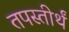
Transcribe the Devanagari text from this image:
तपस्तीर्थं